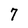
Character: 7